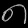
Digit: ၈